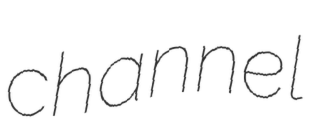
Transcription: channel